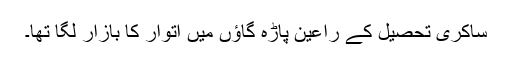
ساکری تحصیل کے راعین پاڑہ گاؤں میں اتوار کا بازار لگا تھا۔